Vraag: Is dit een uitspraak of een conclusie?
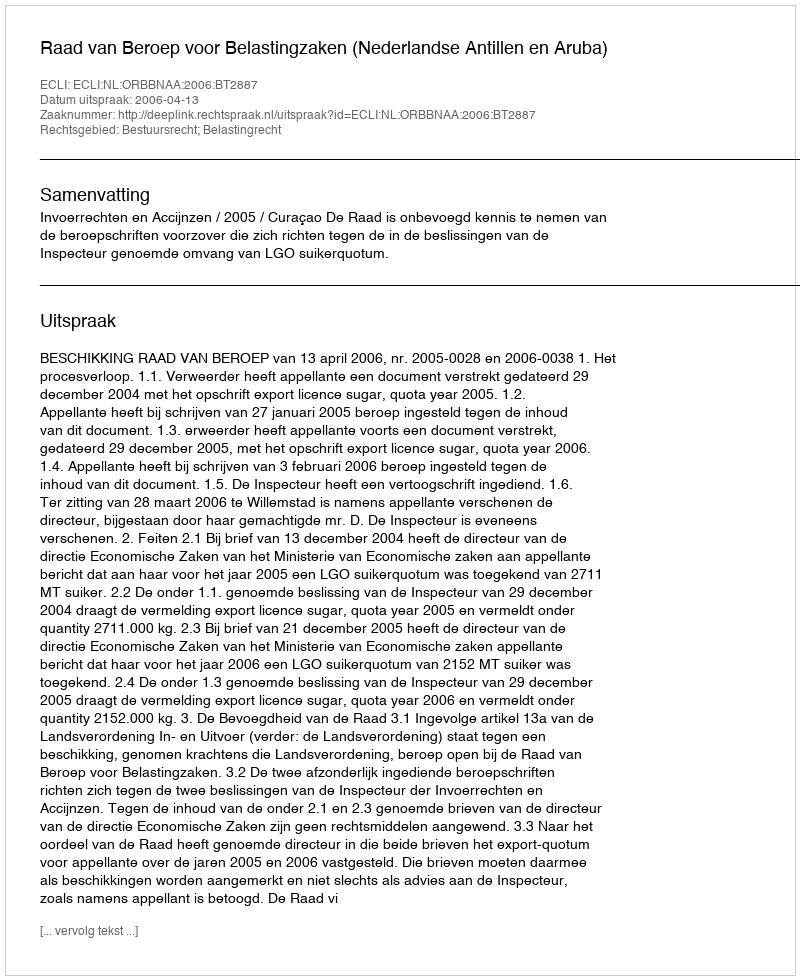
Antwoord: Uitspraak